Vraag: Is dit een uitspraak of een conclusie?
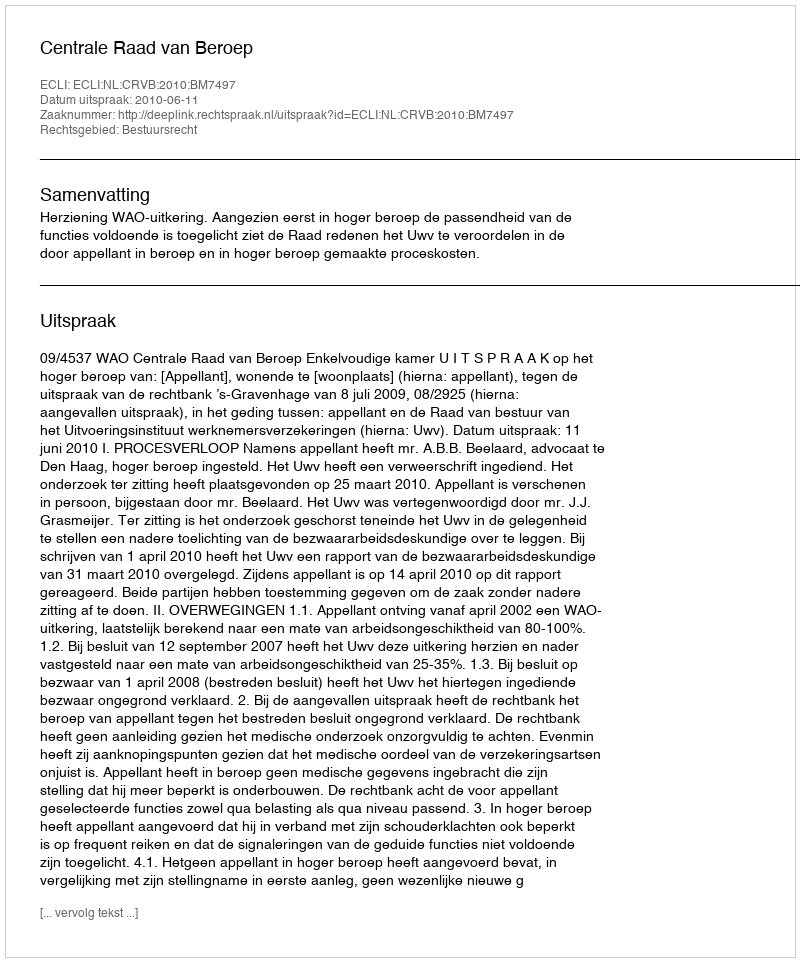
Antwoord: Uitspraak